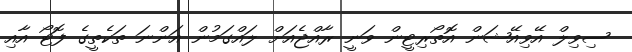
ސިވިލް އޭވިއޭޝަން އޮތޯރިޓީން ވަނީ ރާއްޖެއަށް ލައްގަމުން އަންނަ ތަކެތީގެ ފޮޓޯ އާއި